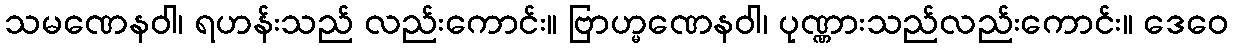
သမဏေနဝါ၊ ရဟန်းသည် လည်းကောင်း။ ဗြာဟ္မဏေနဝါ၊ ပုဏ္ဏားသည်လည်းကောင်း။ ဒေဝေ